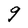
Character: g